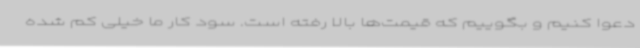
دعوا کنیم و بگوییم که قیمت‌ها بالا رفته است. سود کار ما خیلی کم شده